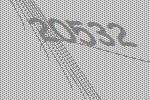
20532